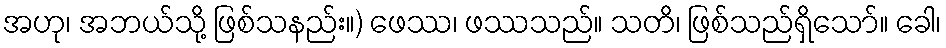
အဟု၊ အဘယ်သို့ ဖြစ်သနည်း။) ဖေဿ၊ ဖဿသည်။ သတိ၊ ဖြစ်သည်ရှိသော်။ ခေါ၊